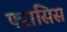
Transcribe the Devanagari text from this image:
फ्ऱांसिस